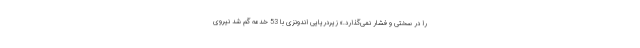
را در سختی و فشار نمی‌گذارد.» زیردریایی اندونزی با 53 خدمه گم شد نیروی